EAOK_Sinod, lk 52
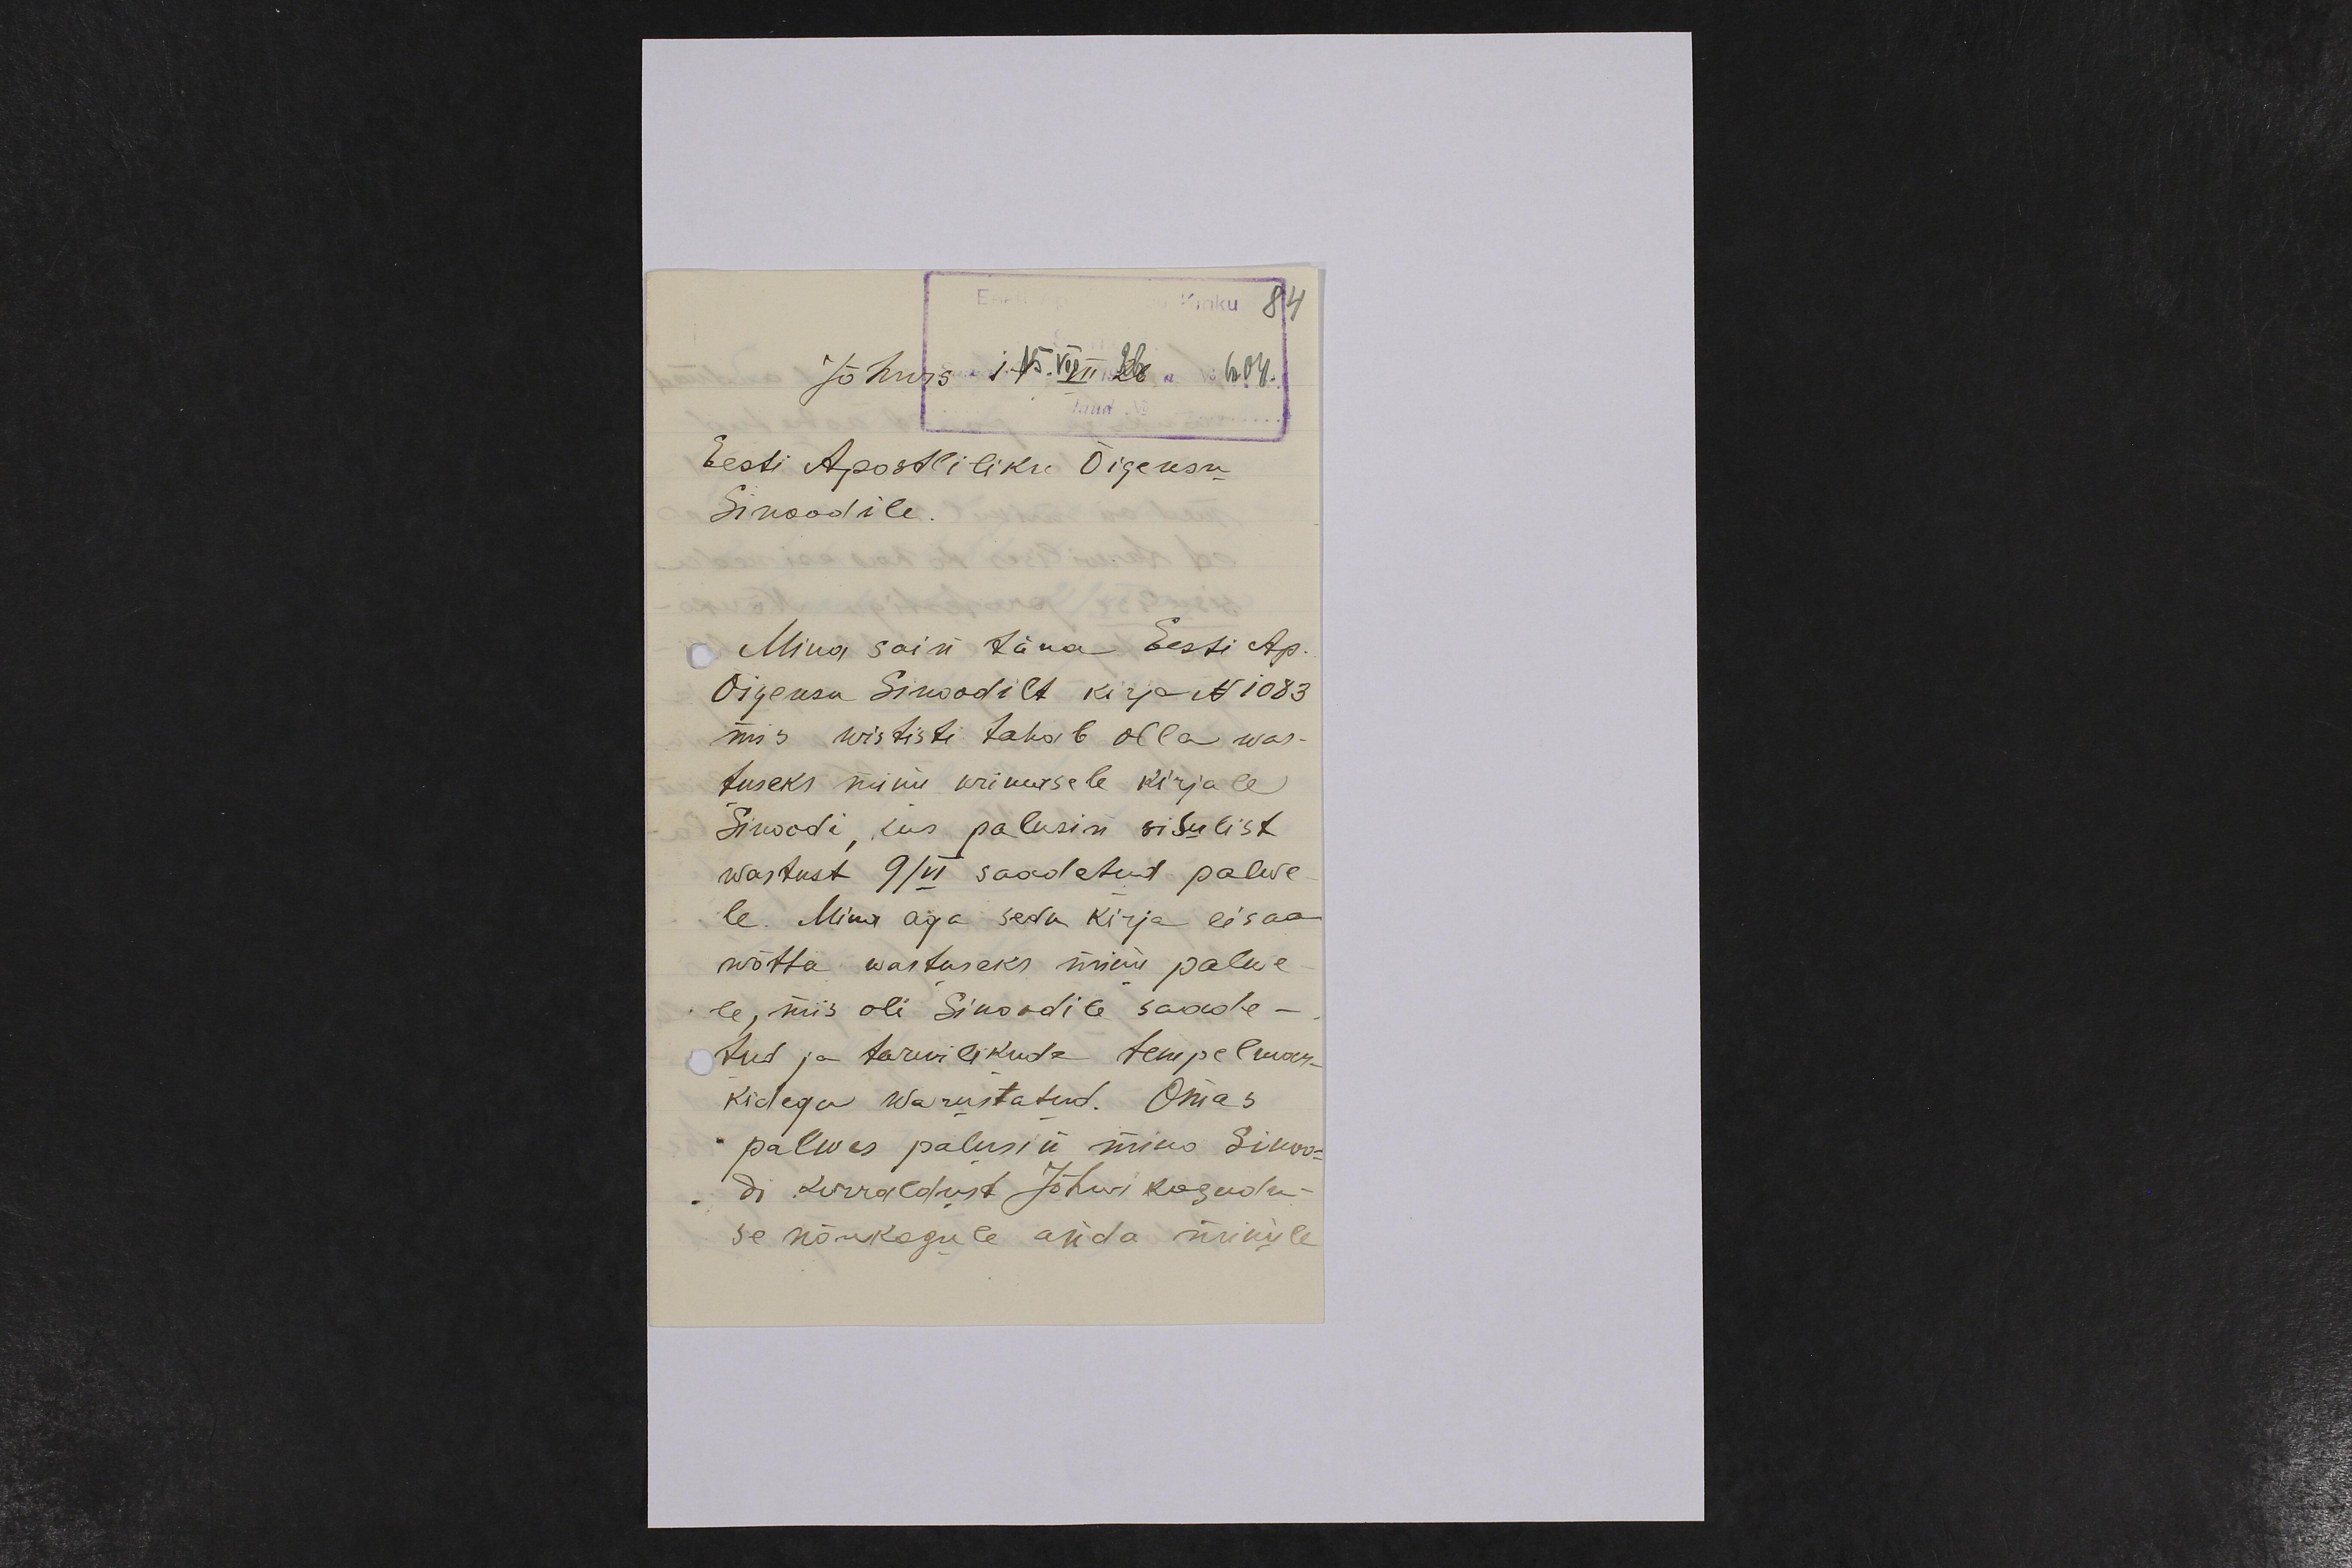
Kiriku 84
Jõhwis 15. VII 26. a. No 604.
Eesti Apostliliku Õigeusu
Sinoodile
Mina sain täna Eesti Ap.
Õigeusu Sinoodilt kirja N 1083
mis wististi tahab olla was-
tuseks minu wiimasele kirjale
Sinoodi, kus palusin sisulist
wastust 9/VI saadetud palwe-
le. Mina aga seda kirja ei saa
wõtta wastuseks minu palwe-
le, mis oli Sinoodile saade-
tud ja tarwilikude tempelmar-
kidega warustatud. Omas
palwes palusin mina Sinoo-
di korraldust Jõhwi kogudu-
se nõukogule anda ürikule